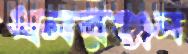
ধনরঞ্জন